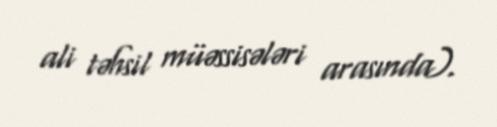
ali təhsil müəssisələri arasında).